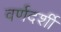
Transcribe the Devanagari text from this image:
वर्णदर्शी